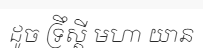
ដូច ទ្រឹស្តី មហា យាន